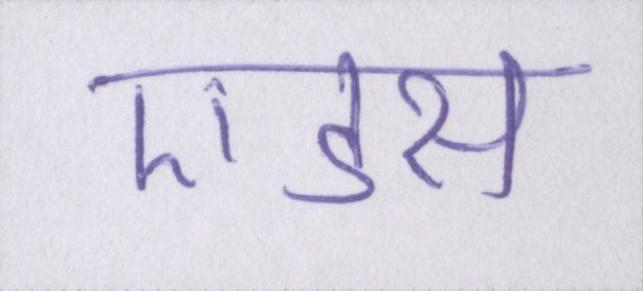
एडस